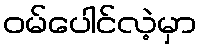
ဝမ်ပေါင်လဲ့မှာ